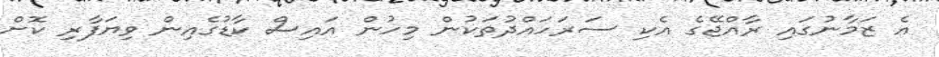
އެ ޒަމާނުގައި ރާއްޖޭގެ އެކި ސަރަހައްދުތަކުން މިހުން އައިސް ކާޑުގެއިން ވިޔަފާރި ކޮށް